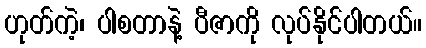
ဟုတ်ကဲ့၊ ပါစတာနဲ့ ပီဇာကို လုပ်နိုင်ပါတယ်။